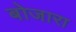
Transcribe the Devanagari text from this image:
बोजारा